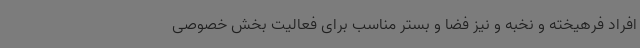
افراد فرهیخته و نخبه و نیز فضا و بستر مناسب برای فعالیت بخش خصوصی